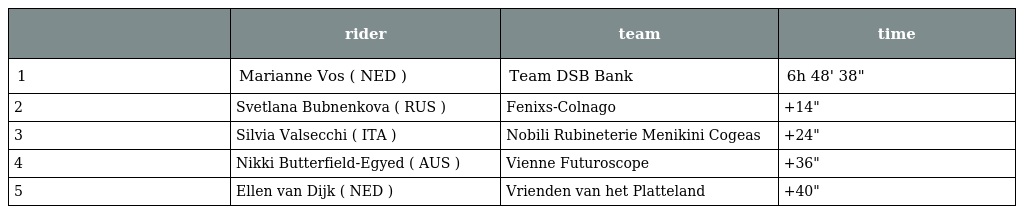
|  | rider | team | time |
 | --- | --- | --- | --- |
 | 1 | Marianne Vos ( NED ) | Team DSB Bank | 6h 48' 38" |
 | 2 | Svetlana Bubnenkova ( RUS ) | Fenixs-Colnago | +14" |
 | 3 | Silvia Valsecchi ( ITA ) | Nobili Rubineterie Menikini Cogeas | +24" |
 | 4 | Nikki Butterfield-Egyed ( AUS ) | Vienne Futuroscope | +36" |
 | 5 | Ellen van Dijk ( NED ) | Vrienden van het Platteland | +40" |